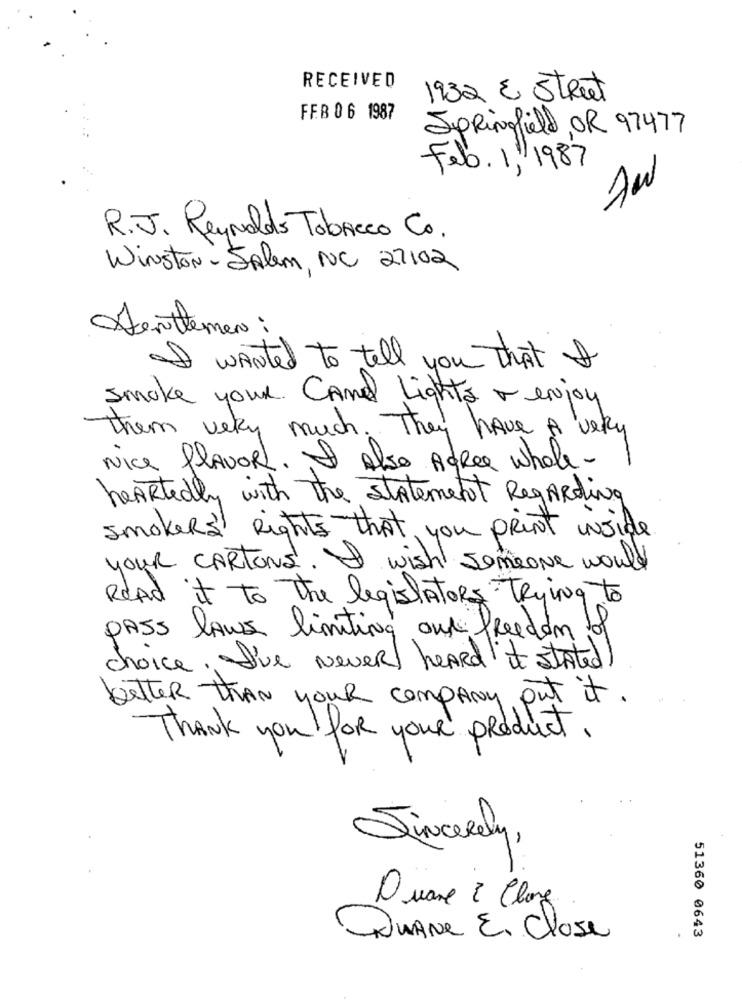
RECEIVED
1932 E Street
FFB 06 1987
Springfield, OR 97477
Feb. 11/1987
R.J. Reynolds Tobacco Co.
Winston- Salem, NC 27102
Denthemen :
I wanted to tell you that I
Smoke your Camel Lights ~ enjoy
Them very much. They have A very
Nice flavorL. I Also AfRee whole-
heartedly with The statement Regarding
smokers" Rights that you print inside
your CARTONS'. I wish somer
meone would
Read it to The legislators Trying to
PASS laws limiting our freedom of
choice. I've Never heard"it stated)
better than your company out it.
Thank you for your product.
Sincerely,
Duane 2 Clone
JUANe E. Close
51360 0643